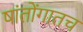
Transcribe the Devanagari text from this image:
षांतोंगातच